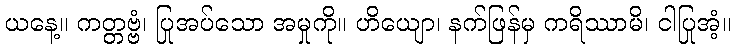
ယနေ့။ ကတ္တဗ္ဗံ၊ ပြုအပ်သော အမှုကို။ ဟိယျော၊ နက်ဖြန်မှ ကရိဿာမိ၊ ငါပြုအံ့။